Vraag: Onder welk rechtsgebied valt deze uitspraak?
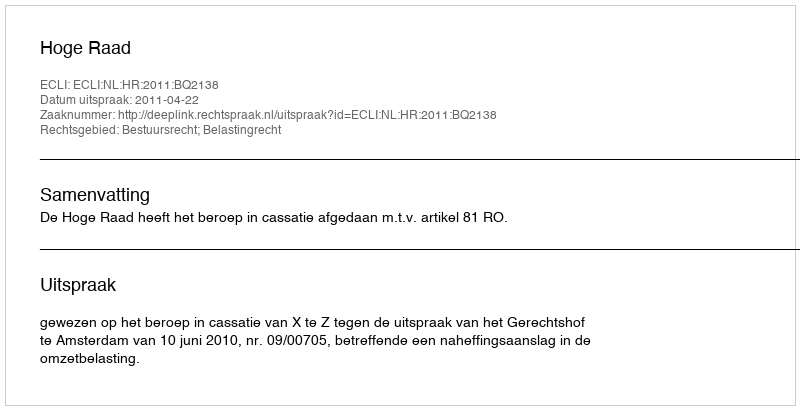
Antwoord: Bestuursrecht; Belastingrecht